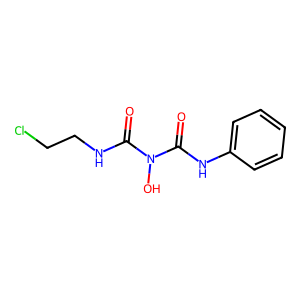
SMILES: O=C(NCCCl)N(O)C(=O)Nc1ccccc1
Inhibits HIV replication: No